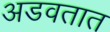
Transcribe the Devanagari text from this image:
अडवतात